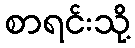
စာရင်းသို့